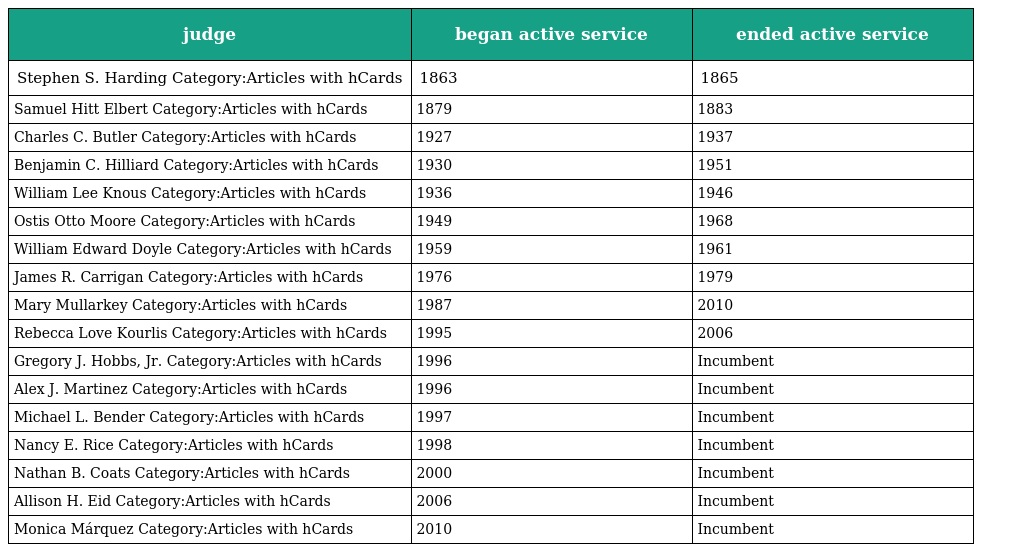
| judge | began active service | ended active service |
 | --- | --- | --- |
 | Stephen S. Harding Category:Articles with hCards | 1863 | 1865 |
 | Samuel Hitt Elbert Category:Articles with hCards | 1879 | 1883 |
 | Charles C. Butler Category:Articles with hCards | 1927 | 1937 |
 | Benjamin C. Hilliard Category:Articles with hCards | 1930 | 1951 |
 | William Lee Knous Category:Articles with hCards | 1936 | 1946 |
 | Ostis Otto Moore Category:Articles with hCards | 1949 | 1968 |
 | William Edward Doyle Category:Articles with hCards | 1959 | 1961 |
 | James R. Carrigan Category:Articles with hCards | 1976 | 1979 |
 | Mary Mullarkey Category:Articles with hCards | 1987 | 2010 |
 | Rebecca Love Kourlis Category:Articles with hCards | 1995 | 2006 |
 | Gregory J. Hobbs, Jr. Category:Articles with hCards | 1996 | Incumbent |
 | Alex J. Martinez Category:Articles with hCards | 1996 | Incumbent |
 | Michael L. Bender Category:Articles with hCards | 1997 | Incumbent |
 | Nancy E. Rice Category:Articles with hCards | 1998 | Incumbent |
 | Nathan B. Coats Category:Articles with hCards | 2000 | Incumbent |
 | Allison H. Eid Category:Articles with hCards | 2006 | Incumbent |
 | Monica Márquez Category:Articles with hCards | 2010 | Incumbent |